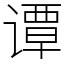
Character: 谭